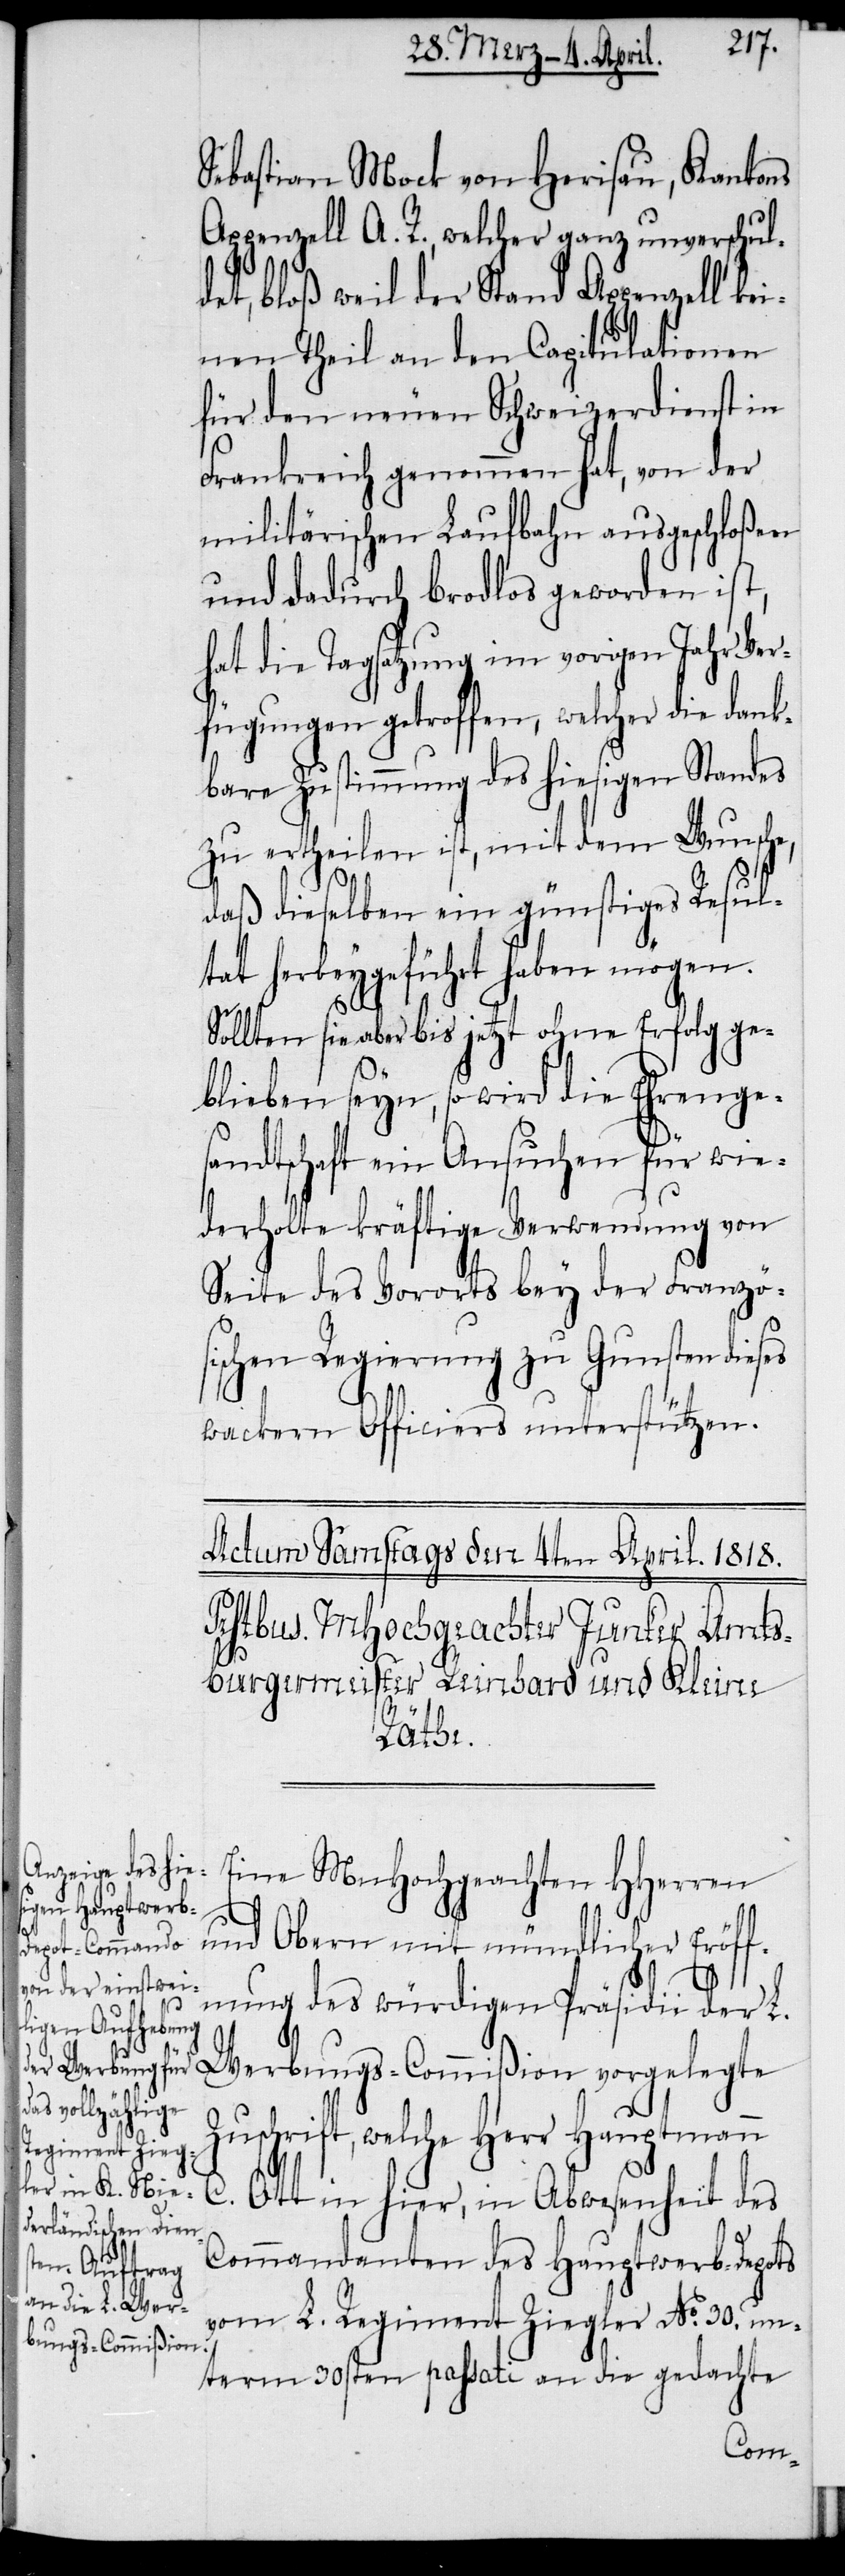
Sebastian Mock von Herisau, Kantons
Appenzell A. R., welcher ganz unverschul¬
det, bloß weil der Stand Appenzell kei¬
nen Theil an den Capitulationen
für den neuen Schweizerdienst in
Frankreich genommen hat, von der
militärischen Laufbahn ausgeschloßen
und dadurch brodlos geworden ist,
hat die Tagsatzung im vorigen Jahr Ver¬
fügungen getroffen, welcher die dank¬
bare Zustimmung des hiesigen Standes
zu ertheilen ist, mit dem Wunsche,
daß dieselben ein günstiges Resul¬
tat herbeygeführt haben mögen.
Sollten sie aber bis jetzt ohne Erfolg ge¬
blieben seyn, so wird die Ehrenge¬
sandtschaft ein Ansuchen für wie¬
derholte kräftige Verwendung von
Seite des Vororts bey der Französ¬
ischen Regierung zu Gunsten dieses
wackern Officiers unterstützen.
Eine MHochgeachten HHerren
und Obern mit mündlicher Eröff¬
nung des würdigen Präsidii der L.
Werbungs-Commißion vorgelegte
Zuschrift, welche Herr Hauptmann
C. Ott in hier, in Abwesenheit des
Commandanten des Hauptwerb-Depots
vom L. Regiment Ziegler No. 30. un¬
term 30sten passati an die gedachte